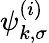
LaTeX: \psi_{k,\sigma}^{(i)}